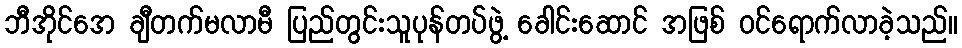
ဘီအိုင်အေ ချီတက်မလာမီ ပြည်တွင်းသူပုန်တပ်ဖွဲ့ ခေါင်းဆောင် အဖြစ် ဝင်ရောက်လာခဲ့သည်။